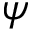
\boldsymbol { \psi }